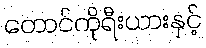
တောင်ကိုရီးယားနှင့်